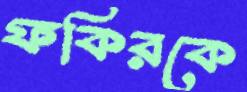
ফকিরকে